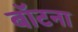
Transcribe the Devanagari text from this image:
बॉटना